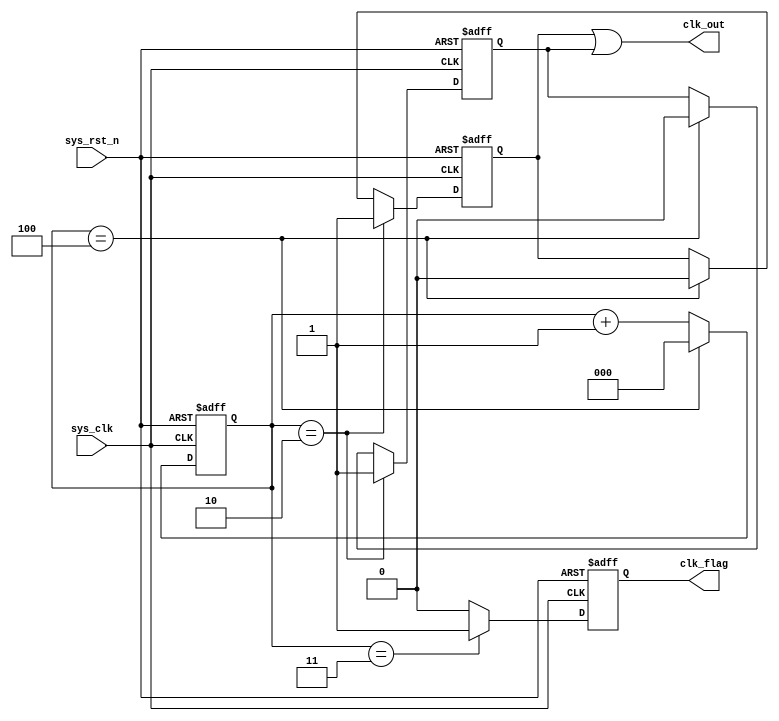
module divider_five
(
    input       wire    sys_clk     ,
    input       wire    sys_rst_n   ,
    
    output      wire    clk_out     ,
    output      reg     clk_flag
);

reg     [2:0] cnt;
reg           clk_pos;
reg           clk_neg;


always@ (posedge sys_clk or negedge sys_rst_n)
    if(sys_rst_n == 1'b0)
        cnt <= 3'd0;
    else if(cnt == 3'd4)
        cnt <= 3'd0;
    else
        cnt <= cnt + 3'd1;
        
always@ (posedge sys_clk or negedge sys_rst_n)// posedge sys_clk
    if(sys_rst_n == 1'b0)
        clk_pos <= 1'b0;
    else if(cnt == 3'd2)
        clk_pos <= 1'b1;
    else if(cnt == 3'd4)
        clk_pos <=1'b0;
    else
        clk_pos <= clk_pos;
        
always@ (negedge sys_clk or negedge sys_rst_n)// negedge sys_clk
    if(sys_rst_n == 1'b0)
        clk_neg <= 1'b0;
    else if(cnt == 3'd2)
        clk_neg <= 1'b1;
    else if(cnt == 3'd4)
        clk_neg <= 3'd0;
    else
        clk_neg <= clk_neg;
        
assign clk_out = (clk_pos | clk_neg);// clk_pos or clk_neg, either is 1 and the clk_out should be 1.

always@ (posedge sys_clk or negedge sys_rst_n)
    if(sys_rst_n == 1'b0)
        clk_flag <= 1'b0;
    else if(cnt == 3'd3)
        clk_flag <= 1'b1;
    else
        clk_flag <= 1'b0;
        

endmodule